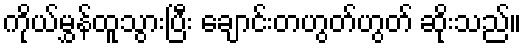
ကိုယ်မွှန်ထူသွားပြီး ချောင်းတဟွတ်ဟွတ် ဆိုးသည်။